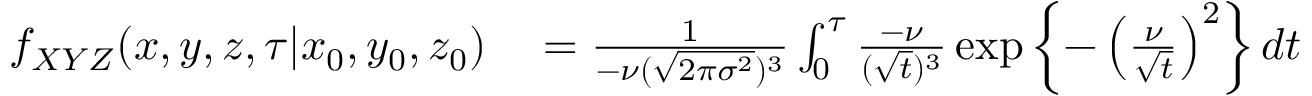
\begin{array} { r l } { f _ { X Y Z } ( x , y , z , \tau \vert x _ { 0 } , y _ { 0 } , z _ { 0 } ) } & { { } = \frac { 1 } { - \nu ( \sqrt { 2 \pi \sigma ^ { 2 } } ) ^ { 3 } } \int _ { 0 } ^ { \tau } \frac { - \nu } { ( \sqrt { t } ) ^ { 3 } } \exp \left\lbrace - \left( \frac { \nu } { \sqrt { t } } \right) ^ { 2 } \right\rbrace d t } \end{array}